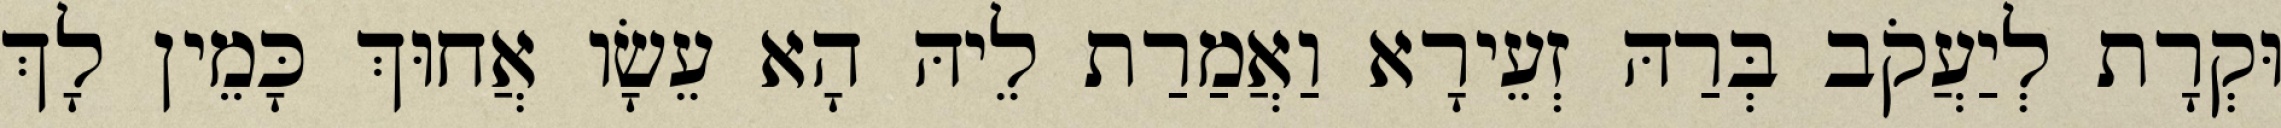
וּקְרָת לְיַעֲקֹב בְּרַהּ זְעֵירָא וַאֲמַרַת לֵיהּ הָא עֵשָׂו אֲחוּךְ כָּמֵין לָךְ